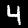
Label: 4